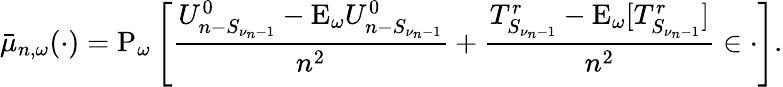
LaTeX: \bar{\mu}_{n,\omega}(\cdot)=\mathrm{P}_{\omega}\left[\frac{U_{n-S_{\nu_{n}-1}}^{0}-\mathrm{E}_{\omega}U_{n-S_{\nu_{n}-1}}^{0}}{n^{2}}+\frac{T_{S_{\nu_{n}-1}}^{r}-\mathrm{E}_{\omega}[T_{S_{\nu_{n}-1}}^{r}]}{n^{2}}\in\cdot\right].